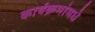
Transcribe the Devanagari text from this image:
कार्यक्रमांमधे